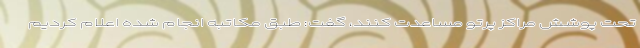
تحت پوشش مراکز پرتو مساعدت کنند، گفت: طبق مکاتبه انجام شده اعلام کردیم